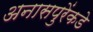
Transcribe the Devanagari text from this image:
अनासपुरेंकडे